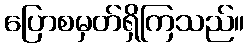
ပြောစမှတ်ရှိကြသည်။